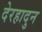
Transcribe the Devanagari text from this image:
देरहादुन